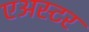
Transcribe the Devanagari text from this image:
एअस्टर